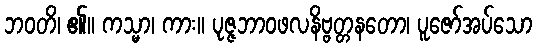
ဘဝတိ၊ ၏။ ကသ္မာ၊ ကား။ ပုဇ္ဇဘာဝဖလနိဗ္ဗတ္တနတော၊ ပူဇော်အပ်သော